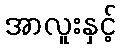
အာလူးနှင့်